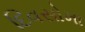
દિવસોમા